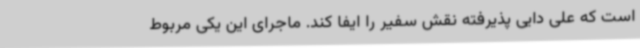
است که علی دایی پذیرفته نقش سفیر را ایفا کند. ماجرای این یکی مربوط